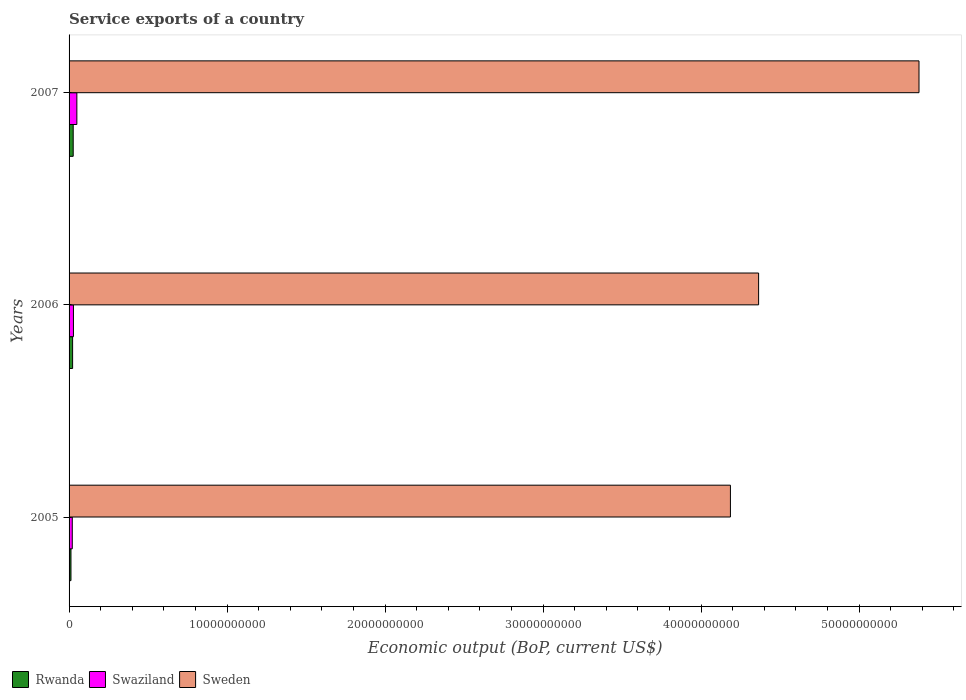
| Years | Rwanda | Swaziland | Sweden |
 | --- | --- | --- | --- |
 | 2005 | 1.2e+08 | 2.03e+08 | 4.19e+10 |
 | 2006 | 2.24e+08 | 2.77e+08 | 4.36e+10 |
 | 2007 | 2.62e+08 | 4.93e+08 | 5.38e+10 |